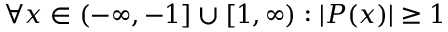
\forall x \in ( - \infty , - 1 ] \cup [ 1 , \infty ) : | P ( x ) | \geq 1